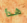
هذا